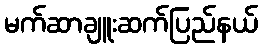
မက်ဆာချူးဆက်ပြည်နယ်